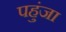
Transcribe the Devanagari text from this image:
पहुंजा